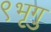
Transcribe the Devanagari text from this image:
९भृगु